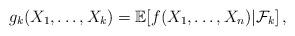
LaTeX: \begin{align*}g_k(X_1, \ldots , X_k)= {\mathbb E}[f(X_1, \ldots, X_n)|{\mathcal F}_k]\, ,\end{align*}